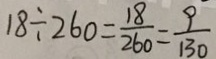
1 8 \div 2 6 0 = \frac { 1 8 } { 2 6 0 } = \frac { 9 } { 1 3 0 }